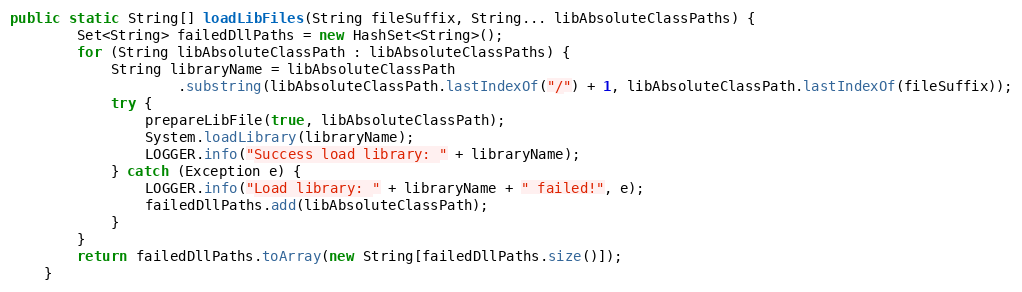
Language: Java
public static String[] loadLibFiles(String fileSuffix, String... libAbsoluteClassPaths) {
        Set<String> failedDllPaths = new HashSet<String>();
        for (String libAbsoluteClassPath : libAbsoluteClassPaths) {
            String libraryName = libAbsoluteClassPath
                    .substring(libAbsoluteClassPath.lastIndexOf("/") + 1, libAbsoluteClassPath.lastIndexOf(fileSuffix));
            try {
                prepareLibFile(true, libAbsoluteClassPath);
                System.loadLibrary(libraryName);
                LOGGER.info("Success load library: " + libraryName);
            } catch (Exception e) {
                LOGGER.info("Load library: " + libraryName + " failed!", e);
                failedDllPaths.add(libAbsoluteClassPath);
            }
        }
        return failedDllPaths.toArray(new String[failedDllPaths.size()]);
    }